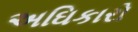
અઘિકારો